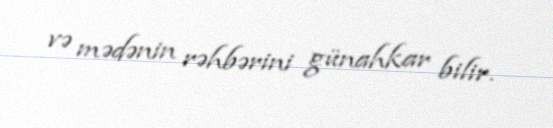
və mədənin rəhbərini günahkar bilir.